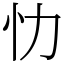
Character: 忇